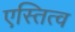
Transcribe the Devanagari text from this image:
एस्तित्व